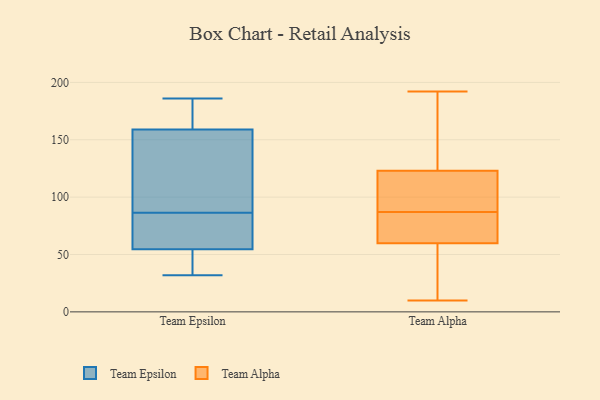
{"axis": {"x": "Production Output", "y": "Value"}, "legend": ["Team Alpha", "Team Epsilon"], "data": [{"x": "", "y": 121, "type": "Team Epsilon"}, {"x": "", "y": 155, "type": "Team Epsilon"}, {"x": "", "y": 143, "type": "Team Epsilon"}, {"x": "", "y": 38, "type": "Team Epsilon"}, {"x": "", "y": 186, "type": "Team Epsilon"}, {"x": "", "y": 179, "type": "Team Epsilon"}, {"x": "", "y": 32, "type": "Team Epsilon"}, {"x": "", "y": 59, "type": "Team Epsilon"}, {"x": "", "y": 52, "type": "Team Epsilon"}, {"x": "", "y": 64, "type": "Team Epsilon"}, {"x": "", "y": 62, "type": "Team Epsilon"}, {"x": "", "y": 119, "type": "Team Epsilon"}, {"x": "", "y": 171, "type": "Team Epsilon"}, {"x": "", "y": 109, "type": "Team Epsilon"}, {"x": "", "y": 56, "type": "Team Epsilon"}, {"x": "", "y": 62, "type": "Team Epsilon"}, {"x": "", "y": 53, "type": "Team Epsilon"}, {"x": "", "y": 163, "type": "Team Epsilon"}, {"x": "", "y": 181, "type": "Team Epsilon"}, {"x": "", "y": 46, "type": "Team Epsilon"}, {"x": "", "y": 126, "type": "Team Alpha"}, {"x": "", "y": 65, "type": "Team Alpha"}, {"x": "", "y": 112, "type": "Team Alpha"}, {"x": "", "y": 20, "type": "Team Alpha"}, {"x": "", "y": 10, "type": "Team Alpha"}, {"x": "", "y": 84, "type": "Team Alpha"}, {"x": "", "y": 87, "type": "Team Alpha"}, {"x": "", "y": 26, "type": "Team Alpha"}, {"x": "", "y": 68, "type": "Team Alpha"}, {"x": "", "y": 169, "type": "Team Alpha"}, {"x": "", "y": 192, "type": "Team Alpha"}, {"x": "", "y": 112, "type": "Team Alpha"}, {"x": "", "y": 44, "type": "Team Alpha"}, {"x": "", "y": 140, "type": "Team Alpha"}, {"x": "", "y": 83, "type": "Team Alpha"}, {"x": "", "y": 122, "type": "Team Alpha"}, {"x": "", "y": 120, "type": "Team Alpha"}]}